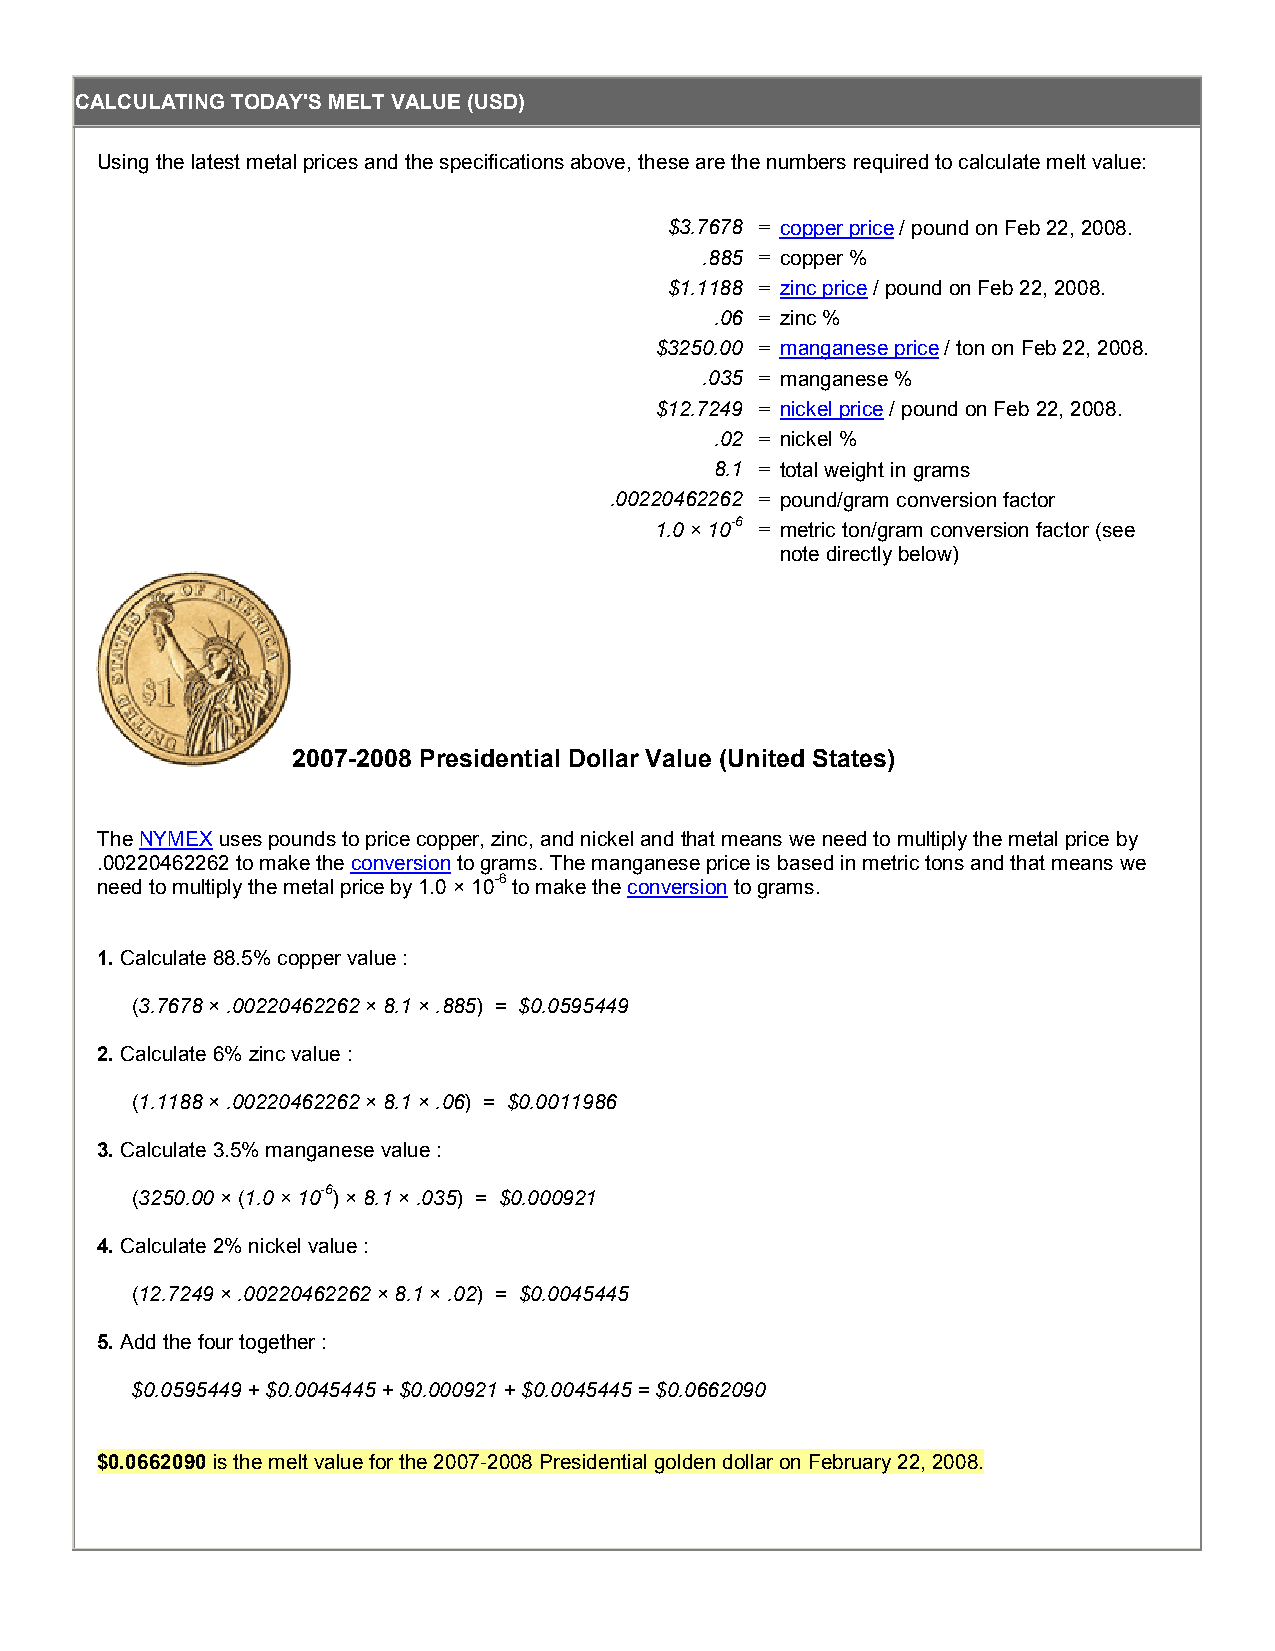
CALCULATING TODAY'S MELT VALUE (USD)
 Using the latest metal prices and the specifications above, these are the numbers required to calculate melt value:
 $3.7678 = copper price / pound on Feb 22, 2008.
 .885 = copper %
 $1.1188 = zinc price / pound on Feb 22, 2008.
 .06 = zinc %
 $3250.00 = manganese price / ton on Feb 22, 2008.
 .035 = manganese %
 $12.7249 = nickel price / pound on Feb 22, 2008.
 .02 = nickel %
 8.1 = total weight in grams
 .00220462262 = pound/gram conversion factor
 1.0 × 10-6 = metric ton/gram conversion factor (see
 note directly below)
 2007-2008 Presidential Dollar Value (United States)
 The NYMEX uses pounds to price copper, zinc, and nickel and that means we need to multiply the metal price by
 .00220462262 to make the conversion to grams. The manganese price is based in metric tons and that means we
 need to multiply the metal price by 1.0 × 10-6 to make the conversion to grams.
 1. Calculate 88.5% copper value :
 (3.7678 × .00220462262 × 8.1 × .885) = $0.0595449
 2. Calculate 6% zinc value :
 (1.1188 × .00220462262 × 8.1 × .06) = $0.0011986
 3. Calculate 3.5% manganese value :
 (3250.00 × (1.0 × 10-6 ) × 8.1 × .035) = $0.000921
 4. Calculate 2% nickel value :
 (12.7249 × .00220462262 × 8.1 × .02) = $0.0045445
 5. Add the four together :
 $0.0595449 + $0.0045445 + $0.000921 + $0.0045445 = $0.0662090
 $0.0662090 is the melt value for the 2007-2008 Presidential golden dollar on February 22, 2008.